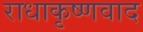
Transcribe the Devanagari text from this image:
राधाकृष्णवाद